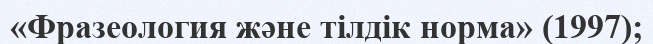
«Фразеология және тілдік норма» (1997);